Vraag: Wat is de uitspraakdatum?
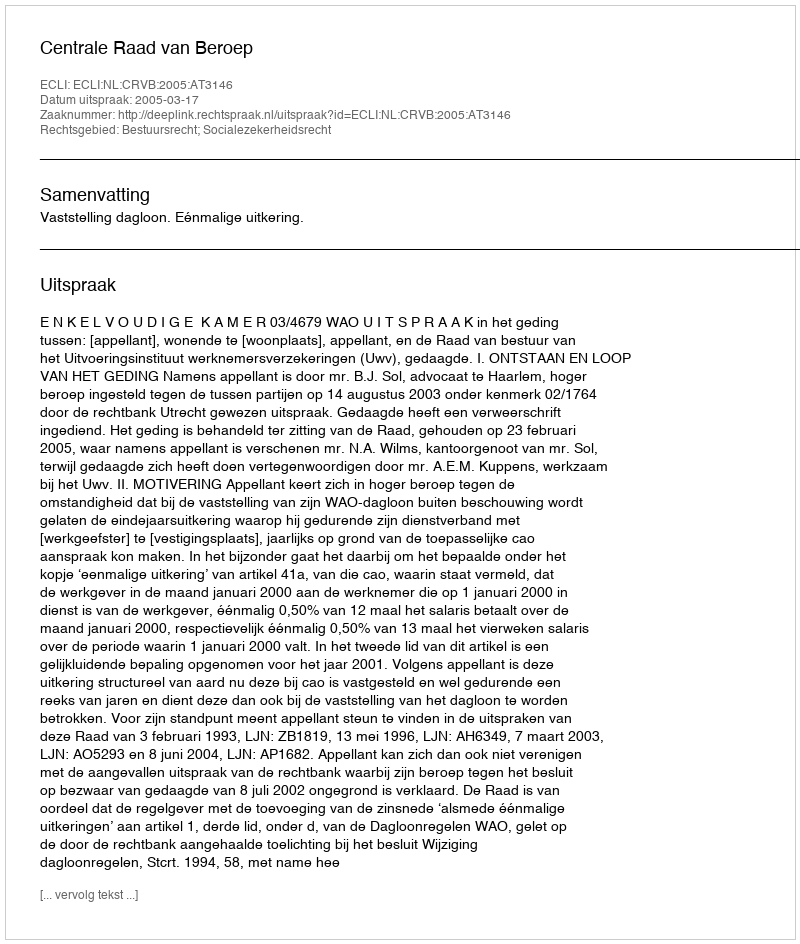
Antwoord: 2005-03-17